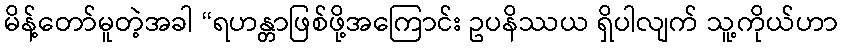
မိန့်တော်မူတဲ့အခါ “ရဟန္တာဖြစ်ဖို့အကြောင်း ဥပနိဿယ ရှိပါလျက် သူ့ကိုယ်ဟာ